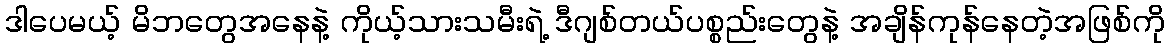
ဒါပေမယ့် မိဘတွေအနေနဲ့ ကိုယ့်သားသမီးရဲ့ ဒီဂျစ်တယ်ပစ္စည်းတွေနဲ့ အချိန်ကုန်နေတဲ့အဖြစ်ကို